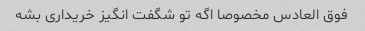
فوق العادس مخصوصا اگه تو شگفت انگیز خریداری بشه